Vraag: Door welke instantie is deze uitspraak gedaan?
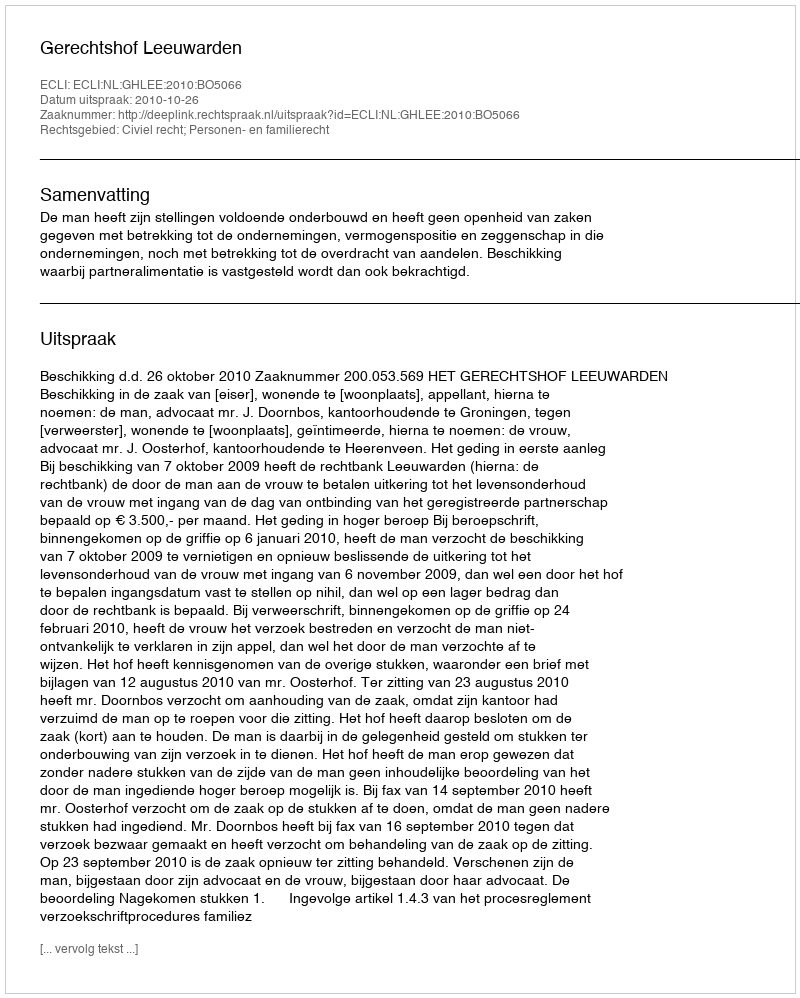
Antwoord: Gerechtshof Leeuwarden